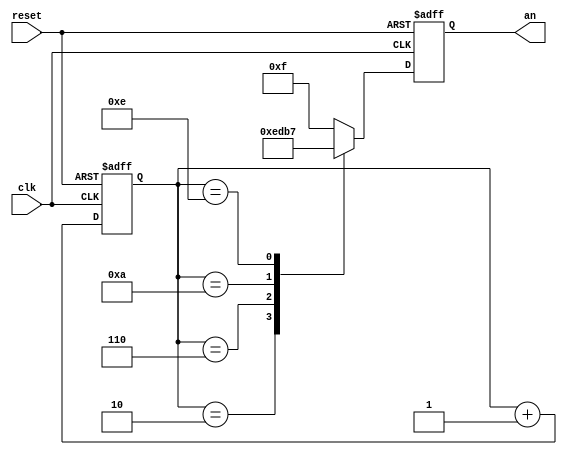
`timescale 1ns / 1ps

module counter4bit (clk, reset, an);

input clk, reset;
output reg [3:0] an;
reg [3:0] out;
  
always @ (posedge clk or posedge reset) begin  
	if (reset)  
		out <= 0;  
    else  
	begin
		out <= out + 1;
	end
end  

always @ (posedge clk or posedge reset)
begin
    if(reset == 1'b0)
    begin
        case(out)
            4'b0010: an <= 4'b1110;
            4'b0110: an <= 4'b1101;
            4'b1010: an <= 4'b1011;
            4'b1110: an <= 4'b0111;
            default: an <= 4'b1111;
            endcase
		end
	else
	begin
	   an <= 4'b1111;
	end
end
endmodule